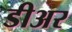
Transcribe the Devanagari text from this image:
डीअर